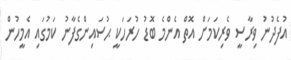
އުފެދުނު ވިރާސީ ވެރިކަމަށް އޮތް އެންމެ ބޮޑު ހުރަހަކީ ޙުސައިންގެފާނު ކަމުގައި އެމީހުން